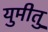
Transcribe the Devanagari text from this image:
युमीतु